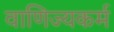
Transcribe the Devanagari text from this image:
वाणिज्यकर्म